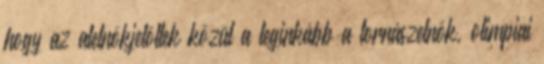
hogy az alelnökjelöltek közül a leginkább a tornászelnök, olimpiai